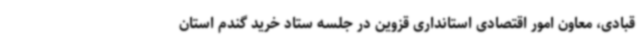
قبادی، معاون امور اقتصادی استانداری قزوین در جلسه ستاد خرید گندم استان